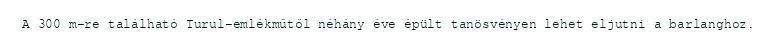
A 300 m-re található Turul-emlékműtől néhány éve épült tanösvényen lehet eljutni a barlanghoz.